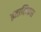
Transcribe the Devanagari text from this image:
इतालिकस